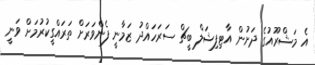
އެ މަޝްރޫއުގެ ދަށުން އާޓިފިޝަލް ބީޗް ސަރަހައްދު ޒަމާނީ ފެންވަރަށް ތަރައްގީކުރުމަށް ވަނީ